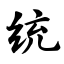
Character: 统